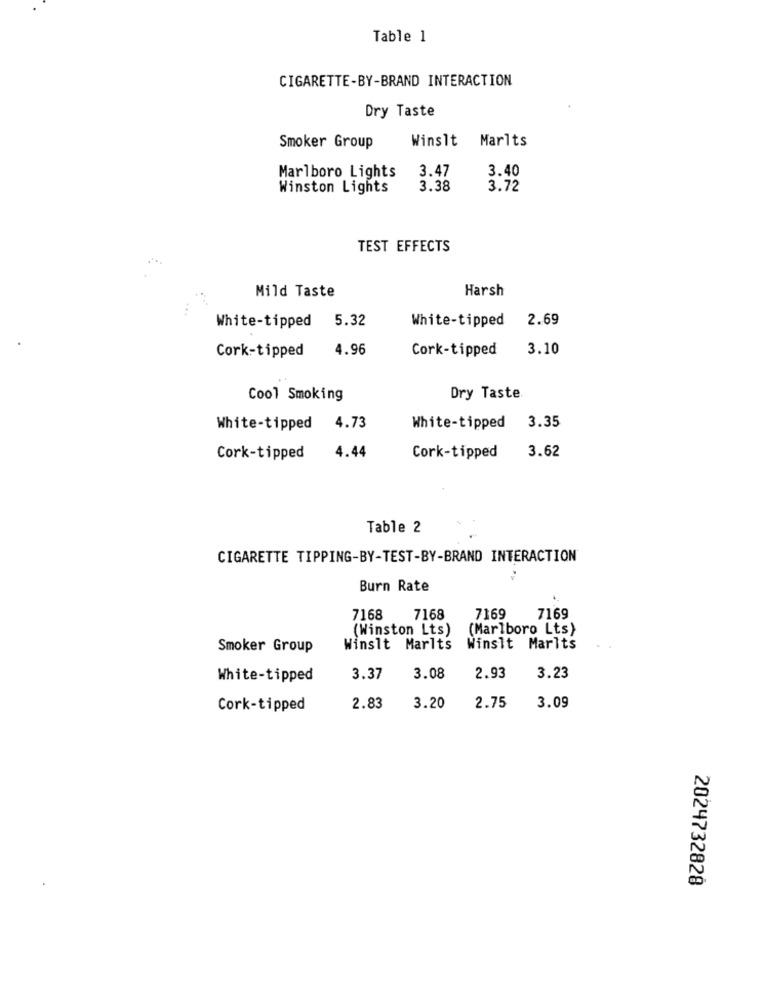
Table 1
CIGARETTE-BY-BRAND INTERACTION
Dry Taste
Winslt
Marlts
Smoker Group
Marlboro Lights
3.47
3.40
Winston Lights
3.38
3.72
TEST EFFECTS
Mild Taste
Harsh
5.32
White-tipped
2.69
White-tipped
Cork-tipped
4.96
Cork-tipped
3.10
Cool Smoking
Dry Taste
White-tipped
4.73
White-tipped
3.35
3.62
Cork-tipped
4.44
Cork-tipped
Table 2
CIGARETTE TIPPING-BY-TEST-BY-BRAND INTERACTION
Burn Rate
7169
7168
7168
7169
(Winston Lts)
(Marlboro Lts)
Smoker Group
Winslt Marlts
Winslt Marlts
White-tipped
3.37
3.08
2.93
3.23
3.09
Cork-tipped
2.83
3.20
2.75
2024732828